Indian journal of veterinary science and animal husbandry - Volumes 26-27, 1956-1957
Year: 1956
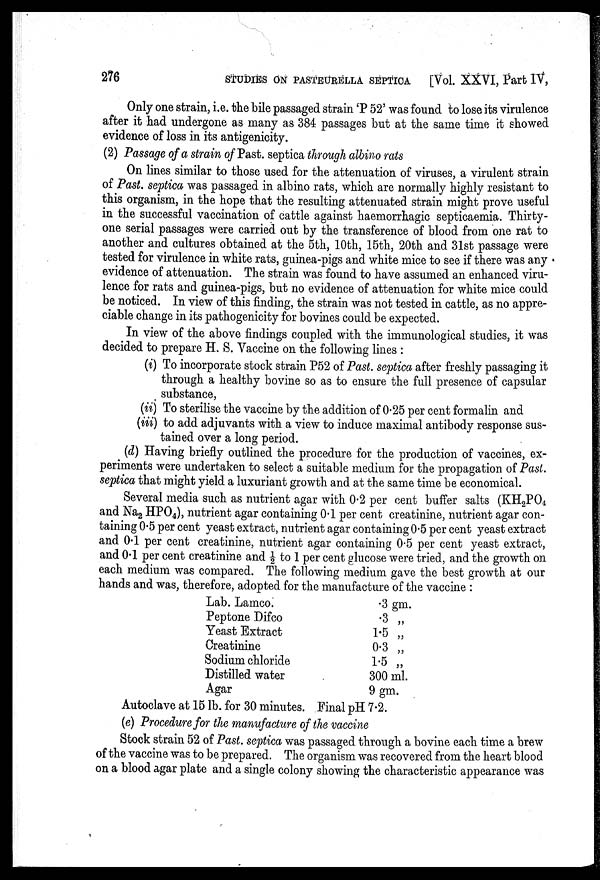
276 STUDIES ON PASTEURELLA SEPTICA [Vol. XXVI, Part IV,
Only one strain, i.e. the bile passaged strain 'P 52' was found to lose its virulence
after it had undergone as many as 384 passages but at the same time it showed
evidence of loss in its antigenicity.
(2) Passage of a strain of Past. septica through albino rats
On lines similar to those used for the attenuation of viruses, a virulent strain
of Past. septica was passaged in albino rats, which are normally highly resistant to
this organism, in the hope that the resulting attenuated strain might prove useful
in the successful vaccination of cattle against haemorrhagic septicaemia. Thirty-
one serial passages were carried out by the transference of blood from one rat to
another and cultures obtained at the 5th, 10th, 15th, 20th and 31st passage were
tested for virulence in white rats, guinea-pigs and white mice to see if there was any
evidence of attenuation. The strain was found to have assumed an enhanced viru-
lence for rats and guinea-pigs, but no evidence of attenuation for white mice could
be noticed. In view of this finding, the strain was not tested in cattle, as no appre-
ciable change in its pathogenicity for bovines could be expected.
In view of the above findings coupled with the immunological studies, it was
decided to prepare H. S. Vaccine on the following lines:
(i) To incorporate stock strain P52 of Past. septica after freshly passaging it
through a healthy bovine so as to ensure the full presence of capsular
substance,
(ii) To sterilise the vaccine by the addition of 0.25 per cent formalin and
(iii) to add adjuvants with a view to induce maximal antibody response sus-
tained over a long period.
(d) Having briefly outlined the procedure for the production of vaccines, ex-
periments were undertaken to select a suitable medium for the propagation of Past.
septica that might yield a luxuriant growth and at the same time be economical.
Several media such as nutrient agar with 0.2 per cent buffer salts (KH 2 PO 4
and Na 2 HPO 4 ), nutrient agar containing 0.1 per cent creatinine, nutrient agar con-
taining 0.5 per cent yeast extract, nutrient agar containing 0.5 per cent yeast extract
and 04 per cent creatinine, nutrient agar containing 0.5 per cent yeast extract,
and 0.1 per cent creatinine and ½ to 1 per cent glucose were tried, and the growth on
each medium was compared. The following medium gave the best growth at our
hands and was, therefore, adopted for the manufacture of the vaccine:
Lab. Lamco.
Peptone Difco
Yeast Extract
Creatinine
Sodium chloride
Distilled water
Agar
.3 gm.
.3 „
1.5 „
0.3 „
1.5 „
300 ml.
9 gm.
Autoclave at 15 lb. for 30 minutes. Final pH 7.2.
(e) Procedure for the manufacture of the vaccine
Stock strain 52 of Past. septica was passaged through a bovine each time a brew
of the vaccine was to be prepared. The organism was recovered from the heart blood
on a blood agar plate and a single colony showing the characteristic appearance was